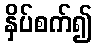
နှိပ်စက်၍